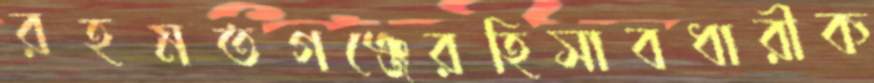
রহমতগঞ্জেরহিসাবধারীক